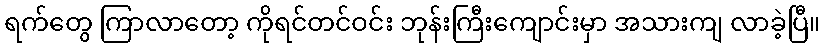
ရက်တွေ ကြာလာတော့ ကိုရင်တင်ဝင်း ဘုန်းကြီးကျောင်းမှာ အသားကျ လာခဲ့ပြီ။